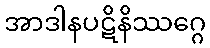
အာဒါနပဋိနိဿဂ္ဂေ